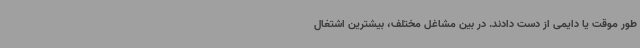
طور موقت یا دایمی از دست دادند. در بین مشاغل مختلف، بیشترین اشتغال